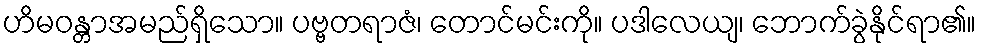
ဟိမဝန္တာအမည်ရှိသော။ ပဗ္ဗတရာဇံ၊ တောင်မင်းကို။ ပဒါလေယျ၊ ဘောက်ခွဲနိုင်ရာ၏။